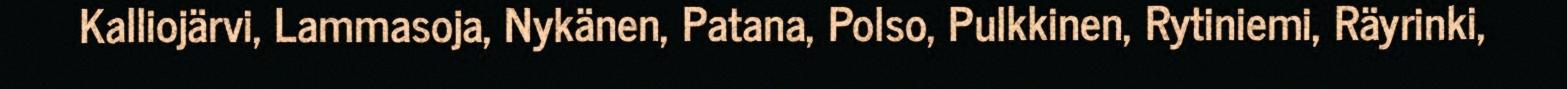
Kalliojärvi, Lammasoja, Nykänen, Patana, Polso, Pulkkinen, Rytiniemi, Räyrinki,